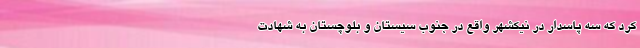
کرد که سه پاسدار در نیکشهر واقع در جنوب سیستان و بلوچستان به شهادت